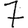
Digit: 7